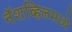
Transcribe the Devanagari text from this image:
नॅशव्हिलमध्ये